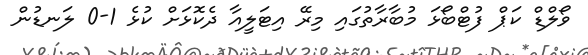
ވޯލްޑް ކަޕް ފުޓްބޯޅަ މުބާރާތުގައި މިރޭ އިޓަލީއާ ދެކޮޅަށް ކުޅެ 1-0 ލަނޑުން